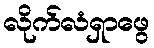
လိုက်လံရှာဖွေ